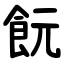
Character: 䬧